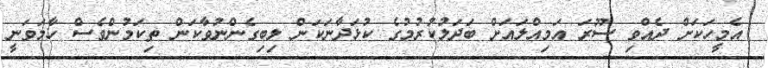
އެމީހަކަށް ދެއްވި ސޫރަ އަމިއްލައަށް ބަދަލުކުރުމުގެ ކުޅަދާނަކަން ލިބިގެންނުވާކަން ތިކަމުންވެސް ހާމަވަނީ